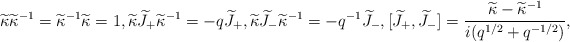
\begin{align*} \widetilde{\kappa}\widetilde{\kappa}^{-1}=\widetilde{\kappa}^{-1}\widetilde{\kappa}=1,\widetilde{\kappa} \widetilde{J}_{+}\widetilde{\kappa}^{-1}=-q \widetilde{J}_{+}, \widetilde{\kappa} \widetilde{J}_{-}\widetilde{\kappa}^{-1}=-q^{-1} \widetilde{J}_{-},[\widetilde{J}_{+},\widetilde{J}_-]=\frac{\widetilde{\kappa}-\widetilde{\kappa}^{-1}}{i(q^{1/2}+q^{-1/2})},\end{align*}